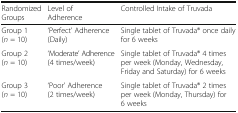
| Randomized Groups | Level of Adherence | Controlled Intake of Truvada |
 | --- | --- | --- |
 | Group 1(n = 10) | ‘Perfect’ Adherence(Daily) | Single tablet of Truvada® once daily for 6 weeks |
 | Group 2(n = 10) | ‘Moderate’ Adherence(4 times/week) | Single tablet of Truvada® 4 times per week (Monday, Wednesday, Friday and Saturday) for 6 weeks |
 | Group 3(n = 10) | ‘Poor’ Adherence(2 times/week) | Single tablet of Truvada® 2 times per week (Monday, Thursday) for 6 weeks |